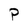
Character: P